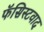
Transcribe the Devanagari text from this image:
फॅसिस्टवाद